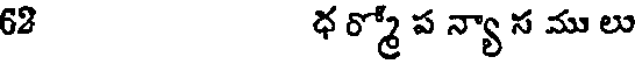
62 ధర్మో ప న్యా స ములు